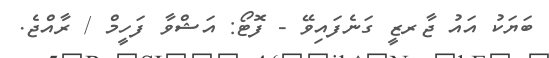
ބަޔަކު އައު ޖާރޒީ ގަނެފައިވޭ - ފޮޓޯ: އަޝްވާ ފަހީމް / ރާއްޖެ.